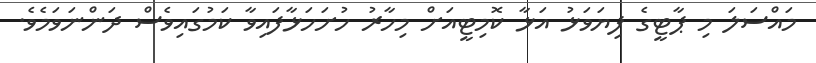
މައްސަލަ މި ޕާޓީގެ ފިޔަވަޅު އަޅާ ކޮމިޓީއަށް މިހާރު ހުށަހަޅާފައިވާ ކަމުގައިވެސް ދަންނަވަމެވެ.